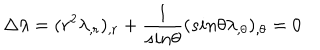
\Delta \lambda = ( r ^ { 2 } \lambda _ { , r } ) _ { , r } + { \frac { 1 } { s i n \theta } } ( s i n \theta \lambda _ { , \theta } ) _ { , \theta } = 0